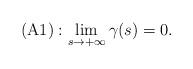
LaTeX: \begin{align*}\mathrm{(A1)}:\lim\limits_{s\rightarrow+\infty}\gamma(s)=0.\end{align*}